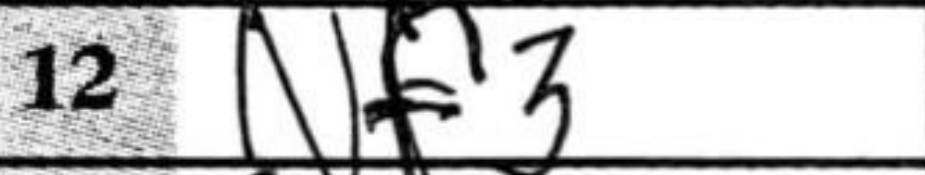
Transcription: Nf3